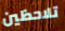
تلاحظين